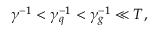
\gamma ^ { - 1 } < \gamma _ { q } ^ { - 1 } < \gamma _ { g } ^ { - 1 } \ll T ,